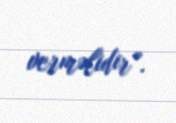
verməlidir”.